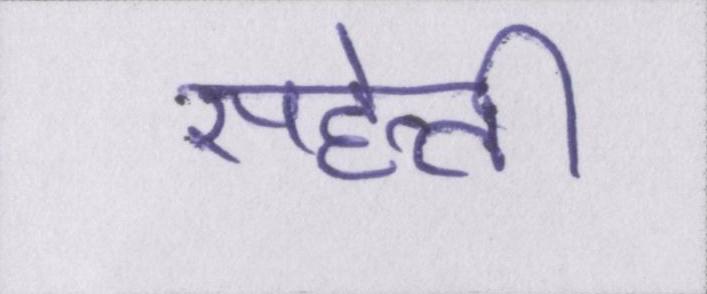
सहेली